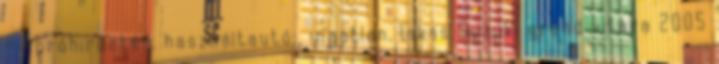
- Apróhirdetés, használtautó;, ingatlan, lakás Suzuki grand vitara 2005